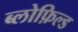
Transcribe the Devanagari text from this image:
ब्लोफ़िल्ड